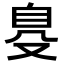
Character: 𦤂